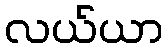
လယ်ယာ